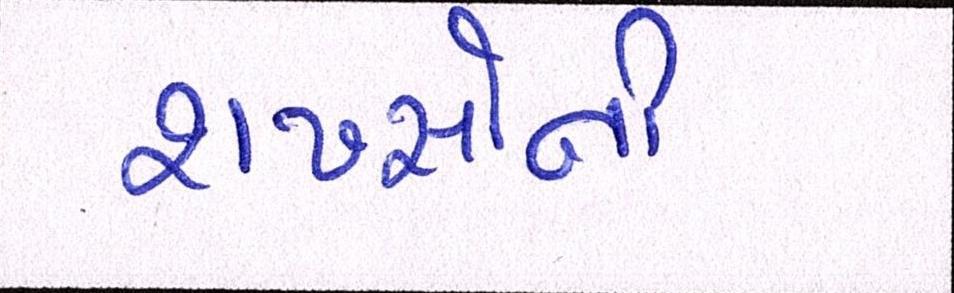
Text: શખ્સોની